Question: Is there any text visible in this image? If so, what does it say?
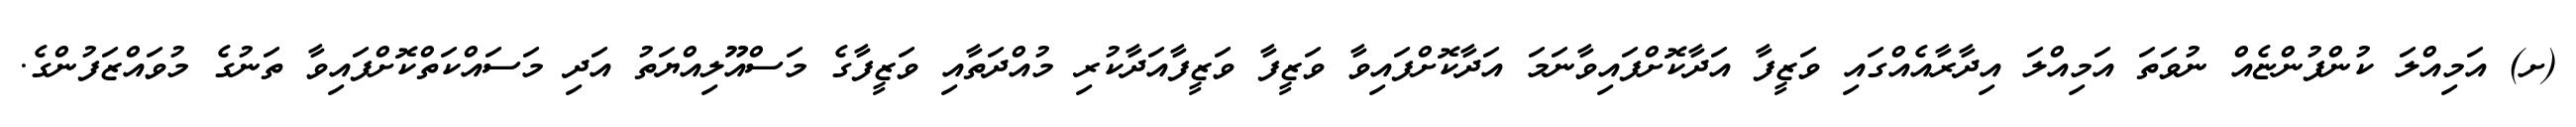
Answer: (ށ) އަމިއްލަ ކުންފުންޏެއް ނުވަތަ އަމިއްލަ އިދާރާއެއްގައި ވަޒީފާ އަދާކޮށްފައިވާނަމަ އަދާކޮށްފައިވާ ވަޒީފާ ވަޒީފާއަދާކުރި މުއްދަތާއި ވަޒީފާގެ މަސްއޫލިއްޔަތު އަދި މަސައްކަތްކޮށްފައިވާ ތަނުގެ މުވައްޒަފުންގެ.